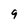
Character: 9